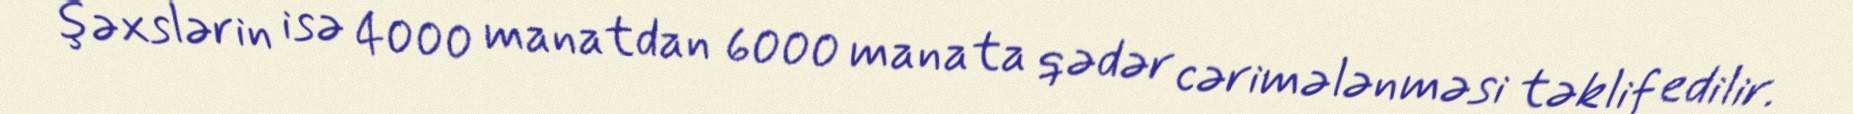
şəxslərin isə 4000 manatdan 6000 manata qədər cərimələnməsi təklif edilir.